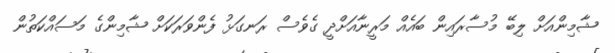
ޝާމިންއަށް ލިބޭ މުސާރައިން ބައެއް މަރީނާއަށްދީ ގެވެސް ރަނގަޅު ފެންވަރަކަށް ޝާމިންގެ މަސައްކަތުން